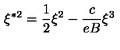
\xi ^ { \ast 2 } = \frac { 1 } { 2 } \xi ^ { 2 } - \frac { c } { e B } \xi ^ { 3 }